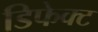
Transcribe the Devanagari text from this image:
डिफेक्‍ट